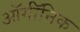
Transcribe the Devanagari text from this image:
ऑर्गॉनिक